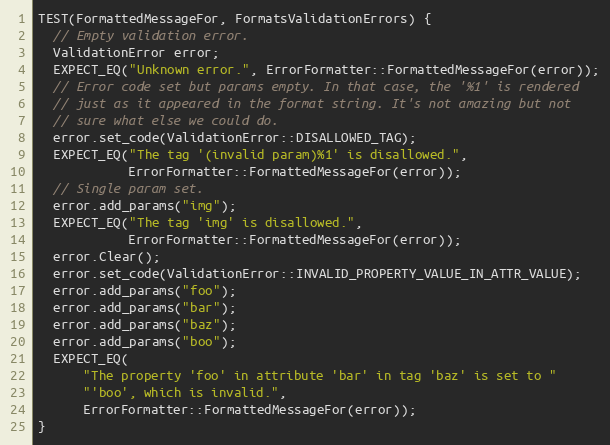
Language: C++
TEST(FormattedMessageFor, FormatsValidationErrors) {
  // Empty validation error.
  ValidationError error;
  EXPECT_EQ("Unknown error.", ErrorFormatter::FormattedMessageFor(error));
  // Error code set but params empty. In that case, the '%1' is rendered
  // just as it appeared in the format string. It's not amazing but not
  // sure what else we could do.
  error.set_code(ValidationError::DISALLOWED_TAG);
  EXPECT_EQ("The tag '(invalid param)%1' is disallowed.",
            ErrorFormatter::FormattedMessageFor(error));
  // Single param set.
  error.add_params("img");
  EXPECT_EQ("The tag 'img' is disallowed.",
            ErrorFormatter::FormattedMessageFor(error));
  error.Clear();
  error.set_code(ValidationError::INVALID_PROPERTY_VALUE_IN_ATTR_VALUE);
  error.add_params("foo");
  error.add_params("bar");
  error.add_params("baz");
  error.add_params("boo");
  EXPECT_EQ(
      "The property 'foo' in attribute 'bar' in tag 'baz' is set to "
      "'boo', which is invalid.",
      ErrorFormatter::FormattedMessageFor(error));
}